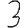
Digit: 3